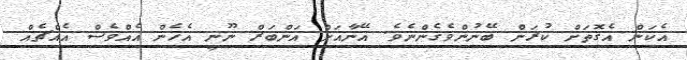
އެކަން އެގޮތަށް ކުރަން ބޭނުންވެގެންނެވެ. އޭނާއަށް އަންބަރް ނޫނީ އެހެން އެއްވެސް އެއްޗެއް